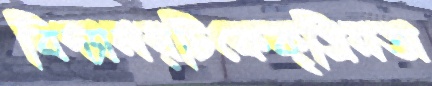
বিদ্যালয়টিকেকৃত্রিমতা